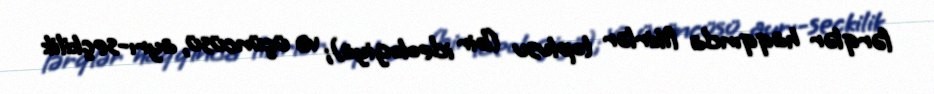
fərqlər haqqında fikirlər toplusu (bir ideologiya); və üçüncüsü, ayrı-seçkilik